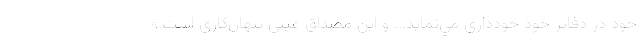
خود در دفاتر خود خودداري مي‌نمايد... و اين مصداق عيني پنهان‌كاري است.»